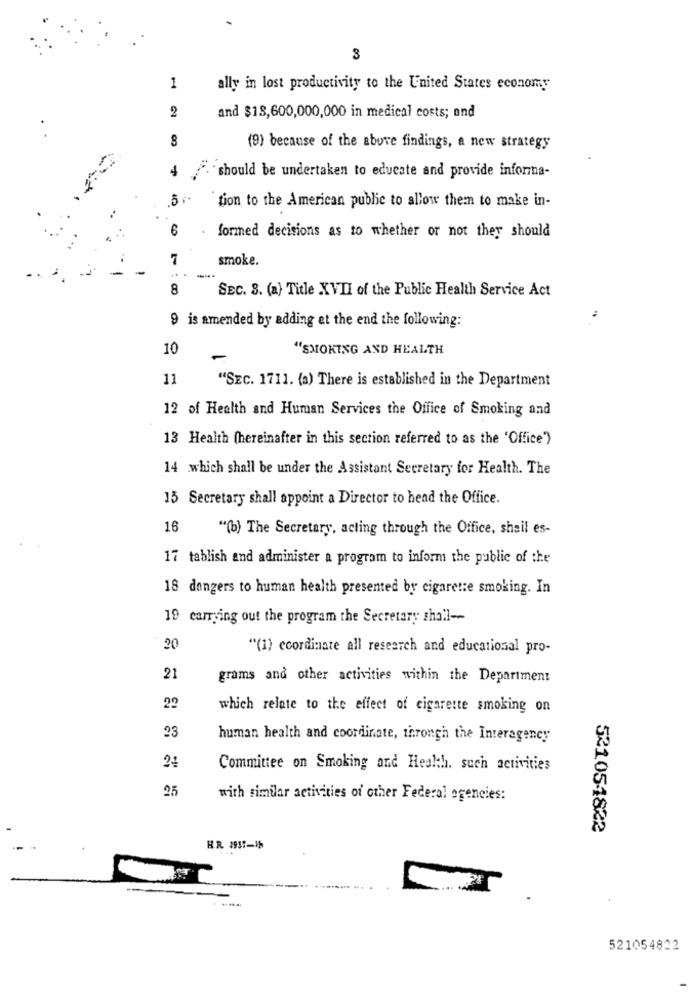
3
1
ally in lost productivity to the United States economy
2
and $18,600,000,000 in medical costs; and
(9) because of the above findings, a new strategy
4
."should be undertaken to educate and provide informa-
tion to the American public to allow them to make in-
6
formed decisions as to whether or not they should
7
smoke.
-
--.
8
SEC. 8. (a) Title XVII of the Public Health Service Act
9 is amended by adding at the end the following:
10
"SMOKING AND HEALTH
11
"SEC. 1711. (a) There is established in the Department
12 of Health and Human Services the Office of Smoking and
13 Health (hereinafter in this section referred to as the 'Office')
14 .which shall be under the Assistant Secretary for Health. The
15 Secretary shall appoint a Director to head the Office.
16
"(b) The Secretary, acting through the Office, shail es-
17 tablish and administer a program to inform the public of the
18 dangers to human health presented by cigarette smoking. In
19 carrying out the program the Secretary shall --
20
"(1) ecordinate all research and educational pro-
21
grams and other activities within the Department
29
which relate to the effect of cigarette smoking on
23
human health and coordinate, through the Interagency
24
Committee on Smoking and Heskh. such activities
25
with similar activities of other Federal agencies:
52105-1822
HR. 1937-15
521054822